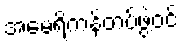
အမေရိကန်တပ်ဖွဲ့ဝင်